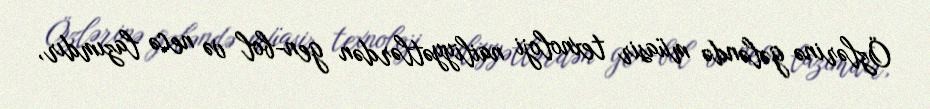
Özlərinə gələndə müasir texnoloji nailiyyətlərdən gen-bol və necə lazımdır,